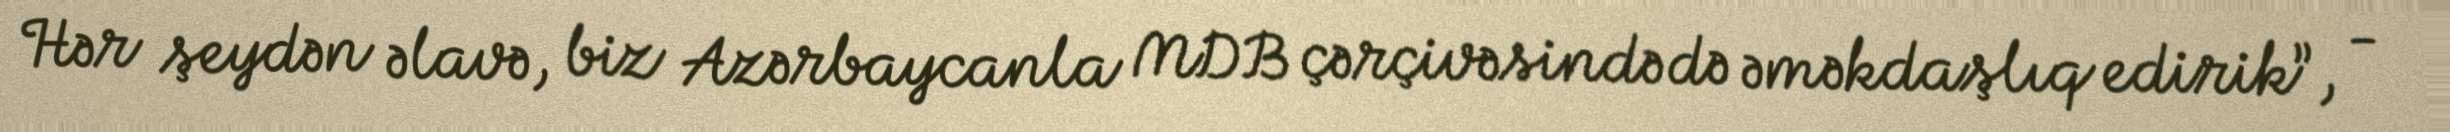
Hər şeydən əlavə, biz Azərbaycanla MDB çərçivəsində də əməkdaşlıq edirik”, -